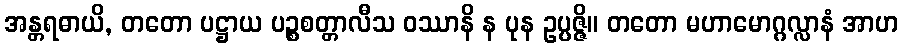
အန္တရဓာယိ, တတော ပဋ္ဌာယ ပဉ္စစတ္တာလီသ ဝဿာနိ န ပုန ဥပ္ပဇ္ဇိ။ တတော မဟာမောဂ္ဂလ္လာနံ အာဟ